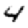
Digit: 4